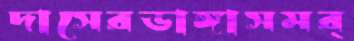
দাসেরডাঙ্গাসমর্